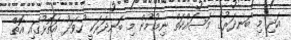
އަދި މި ބަނދަރުގެ މަސައްކަތް ނިމުމުން މި ބަނދަރަކީ ހުވަދު އަތޮޅުގައި އޮތް